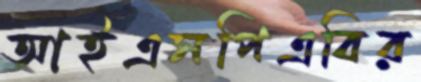
আইএসপিএবির